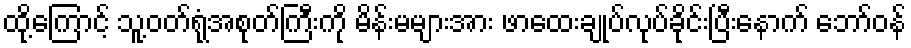
ထို့ကြောင့် သူ့ဝတ်ရုံအစုတ်ကြီးကို မိန်းမများအား ဖာထေးချုပ်လုပ်ခိုင်းပြီးနောက် ဘော်ဝန်